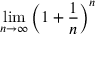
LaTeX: \operatorname* { l i m } _ { n \to \infty } \left( 1 + { \frac { 1 } { n } } \right) ^ { n }